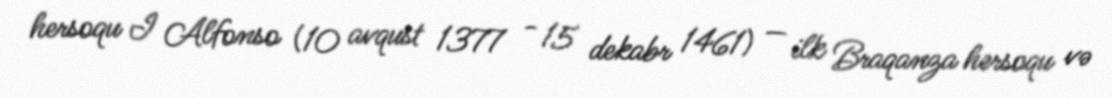
hersoqu I Alfonso (10 avqust 1377 - 15 dekabr 1461) — ilk Braqanza hersoqu və